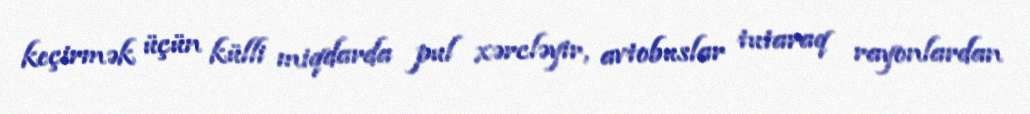
keçirmək üçün külli miqdarda pul xərcləyir, avtobuslar tutaraq rayonlardan